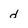
Character: d